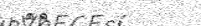
٧٢